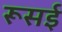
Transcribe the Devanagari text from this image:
रूसई